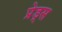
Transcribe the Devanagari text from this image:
प्रेड्स